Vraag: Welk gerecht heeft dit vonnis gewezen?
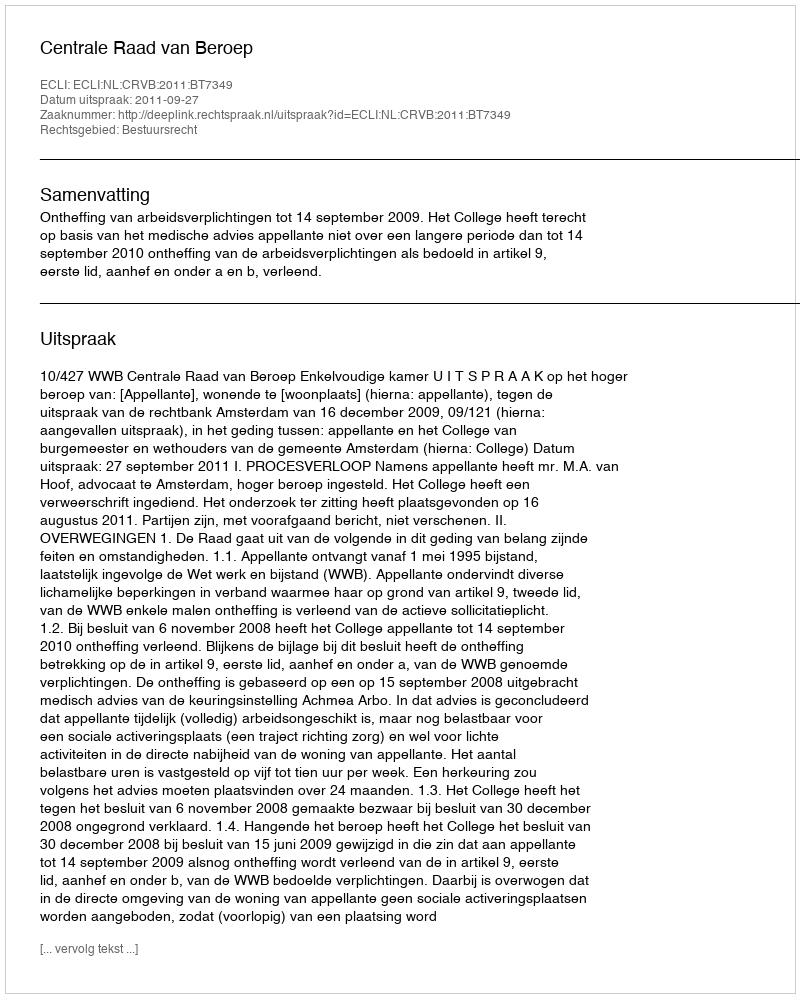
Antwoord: Centrale Raad van Beroep